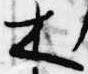
木